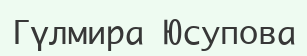
Гүлмира Юсупова